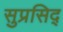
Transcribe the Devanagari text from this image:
सुप्रसिद्